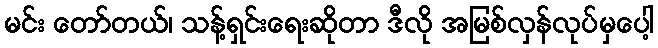
မင်း တော်တယ်၊ သန့်ရှင်းရေးဆိုတာ ဒီလို အမြစ်လှန်လုပ်မှပေါ့